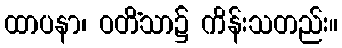
ထာပနာ၊ ဝတိံသာ၌ ကိန်းသတည်း။